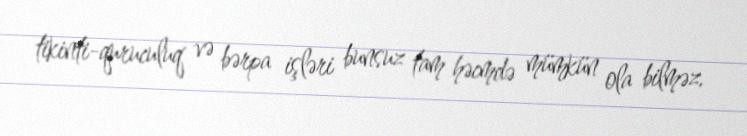
tikinti-quruculuq və bərpa işləri bunsuz tam həcmdə mümkün ola bilməz.